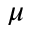
\mu